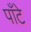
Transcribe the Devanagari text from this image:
पाँटे